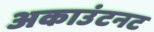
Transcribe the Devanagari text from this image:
अकाउंटनट